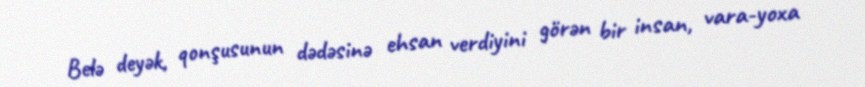
Belә deyәk, qonşusunun dәdәsinә ehsan verdiyini görәn bir insan, vara­yoxa